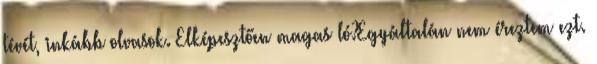
tévét, inkább olvasok. Elképesztően magas ló?Egyáltalán nem éreztem ezt.